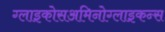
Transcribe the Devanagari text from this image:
ग्लाइकोसअमिनोग्लाइकन्स